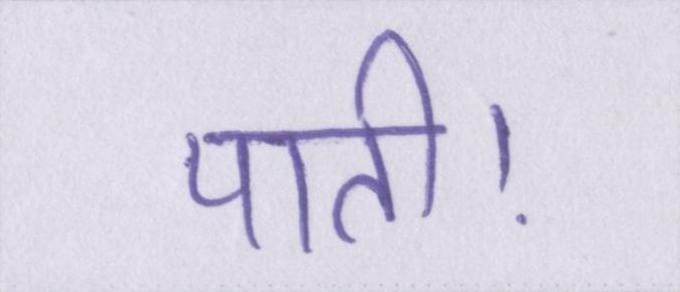
पाती।